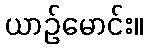
ယာဉ်မောင်း။